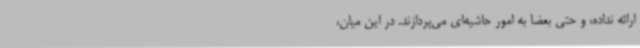
ارائه نداده، و حتی بعضاً به امور حاشیه‌ای می‌پردازند. در این میان،